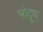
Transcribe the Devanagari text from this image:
भोदूण